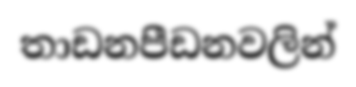
තාඩනපීඩනවලින්